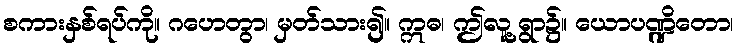
စကားနှစ်ရပ်ကို။ ဂဟေတွာ၊ မှတ်သား၍။ ဣဓ၊ ဤလူ့ရွာ၌။ ယောပဏ္ဍိတော၊